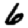
Digit: 6